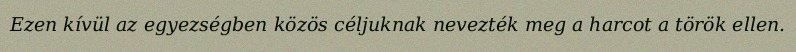
Ezen kívül az egyezségben közös céljuknak nevezték meg a harcot a török ellen.